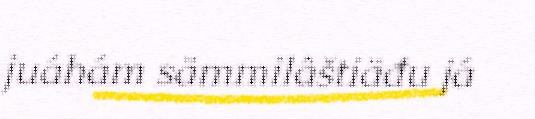
juáhám sämmilâštiäđu já